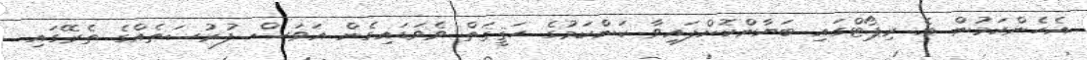
އެހެންކަމުން އެ ރިޕޯޓްގައި ބަޔާންކޮށްފައިވާ ކަންކަމުގެ ހަޤީޤަތް ވެވަޑައިގެން އަވަސް ފުރުސަތެއްގެ ތެރޭގައި